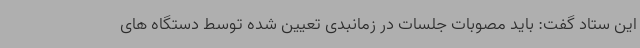
این ستاد گفت: باید مصوبات جلسات در زمانبدی تعیین شده توسط دستگاه های